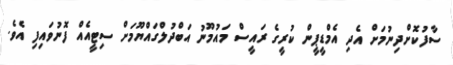
ސާފުކޮށްދިނުމަށް އެދި އެމްޑީޕީން ކުރީގެ ރައީސް މައުމޫނު އަބްދުލްގައްޔޫމަށް ސިޓީއެއް ފޮނުވައިފި އެވެ.